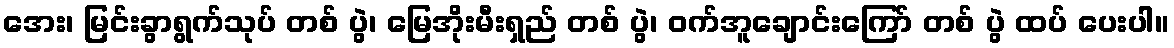
အေး၊ မြင်းခွာရွက်သုပ် တစ် ပွဲ၊ မြေအိုးမီးရှည် တစ် ပွဲ၊ ဝက်အူချောင်းကြော် တစ် ပွဲ ထပ် ပေးပါ။